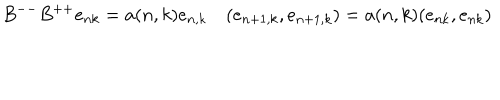
B ^ { -- } B ^ { + + } e _ { n k } = a ( n , k ) e _ { n , k } \quad ( e _ { n + 1 , k } , e _ { n + 1 , k } ) = a ( n , k ) ( e _ { n k } , e _ { n k } )